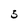
Character: 5